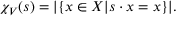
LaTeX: \chi _ { V } ( s ) = | \{ x \in X | s \cdot x = x \} | .